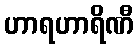
ဟာရဟာရိဏီ